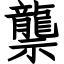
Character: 龒